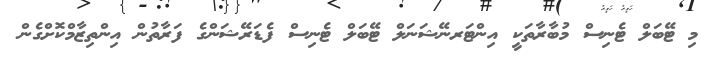
މި ޓޭބަަލް ޓެނިސް މުބާރާތަކީ އިންޓަރނޭޝަނަލް ޓޭބަލް ޓެނިސް ފެޑަރޭޝަންގެ ފަރާތުން އިންތިޒާމްކޮށްގެން